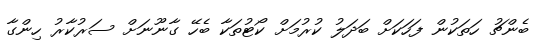
ބެންޗު ހަތަކުން ފަހަކަށް ބަދަލު ކުރުމަށް ކޯޓުތަކާ ބެހޭ ގާނޫނަށް ސަރުކާރު ހިންގާ